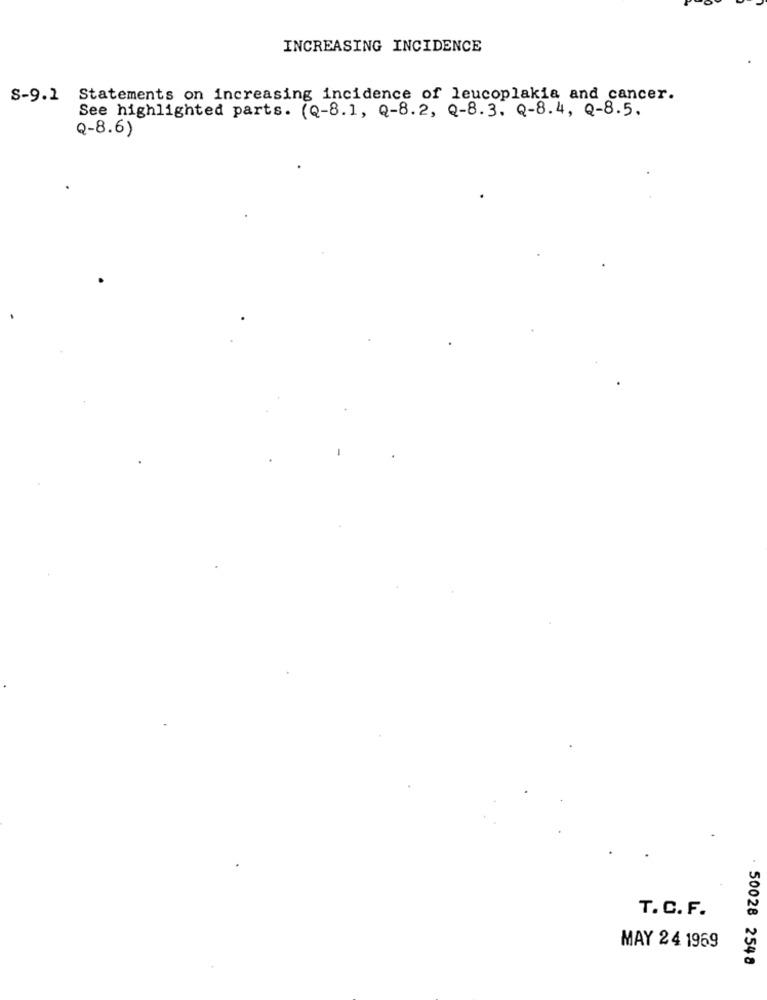
INCREASING INCIDENCE
S-9.1 Statements on increasing incidence of leucoplakia and cancer.
See highlighted parts. (Q-8. 1, Q-8. 2, Q-8. 3. Q-8. 4, Q-8.5.
Q-8.6)
T. C. F.
MAY 24 1969
. 50028 254 8